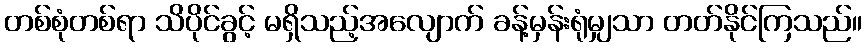
တစ်စုံတစ်ရာ သိပိုင်ခွင့် မရှိသည့်အလျောက် ခန့်မှန်းရုံမျှသာ တတ်နိုင်ကြသည်။